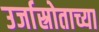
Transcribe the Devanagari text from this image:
उर्जास्रोताच्या